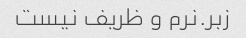
زبر.نرم و ظریف نیست